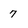
Character: 7